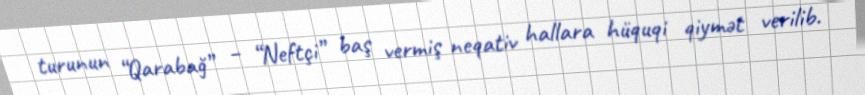
turunun “Qarabağ” – “Neftçi” baş vermiş neqativ hallara hüquqi qiymət verilib.